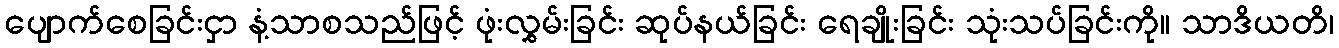
ပျောက်စေခြင်းငှာ နံ့သာစသည်ဖြင့် ဖုံးလွှမ်းခြင်း ဆုပ်နယ်ခြင်း ရေချိုးခြင်း သုံးသပ်ခြင်းကို။ သာဒိယတိ၊